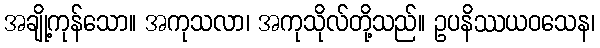
အချို့ကုန်သော။ အကုသလာ၊ အကုသိုလ်တို့သည်။ ဥပနိဿယဝသေန၊